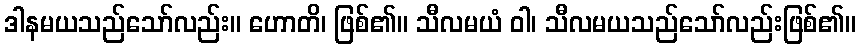
ဒါနမယသည်သော်လည်း။ ဟောတိ၊ ဖြစ်၏။ သီလမယံ ဝါ၊ သီလမယသည်သော်လည်းဖြစ်၏။